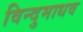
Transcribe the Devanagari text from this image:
विन्दुमाधव